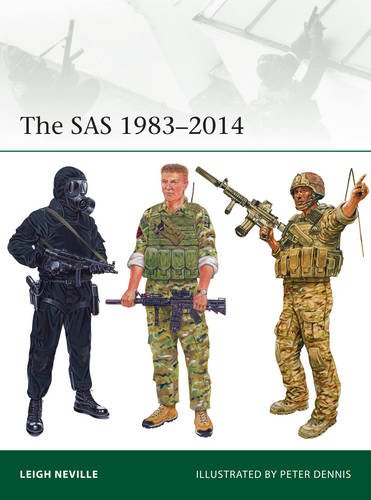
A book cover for The SAS 1983-2014 (Elite); Leigh Neville; History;